Annual administration report of the Civil Veterinary Department of India - 1892-1893
Year: 1892
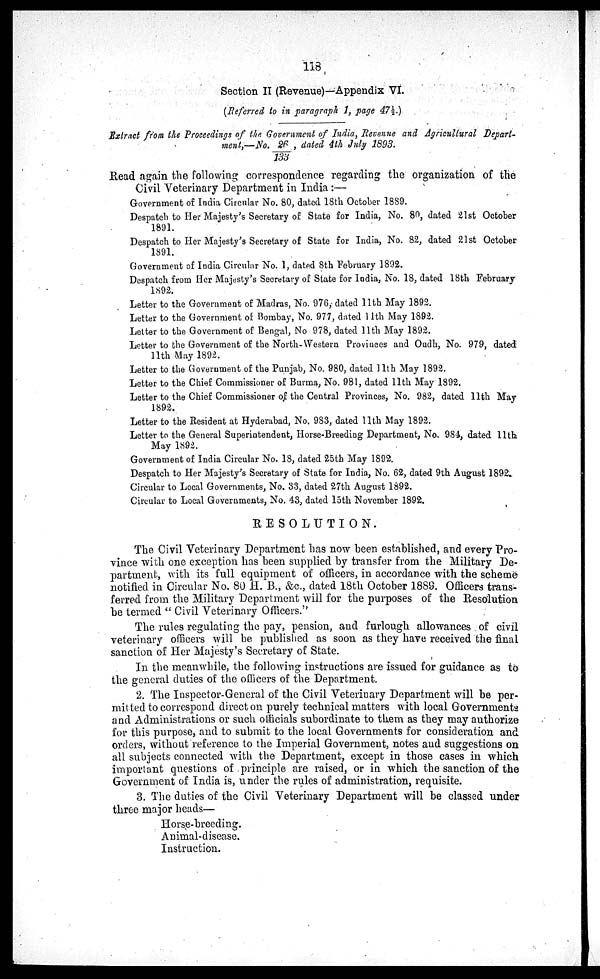
118
Section II (Revenue)—Appendix VI.
(Referred to in paragraph 1, page 47½.)
Extract from the Proceedings of the Government of India, Revenue and Agricultural Depart-
ment,—No. 26/133, dated 4th July 1893.
Read again the following correspondence regarding the organization of the
Civil Veterinary Department in India:—
Government of India Circular No. 80, dated 18th October 1889.
Despatch to Her Majesty's Secretary of State for India, No. 80, dated 21st October
1891.
Despatch to Her Majesty's Secretary of State for India, No. 82, dated 21st October
1891.
Government of India Circular No. 1, dated 8th February 1892.
Despatch from Her Majesty's Secretary of State for India, No. 18, dated 18th February
1892.
Letter to the Government of Madras, No. 976, dated 11th May 1892.
Letter to the Government of Bombay, No. 977, dated 11th May 1892.
Letter to the Government of Bengal, No 978, dated 11th May 1892.
Letter to the Government of the North-Western Provinces and Oudh, No. 979, dated
11th May 1892.
Letter to the Government of the Punjab, No. 980, dated 11th May 1892.
Letter to the Chief Commissioner of Burma, No. 981, dated 11th May 1892.
Letter to the Chief Commissioner of. the Central Provinces, No. 982, dated 11th May
1892.
Letter to the Resident at Hyderabad, No. 983, dated 11th May 1892.
Letter to the General Superintendent, Horse-Breeding Department, No. 984, dated 11th
May 1892.
Government of India Circular No. 18, dated 25th May 1892.
Despatch to Her Majesty's Secretary of State for India, No. 62, dated 9th August 1892.
Circular to Local Governments, No. 33, dated 27th August 1892.
Circular to Local Governments, No. 43, dated 15th November 1892.
RESOLUTION.
The Civil Veterinary Department has now been established, and every Pro-
vince with one exception has been supplied by transfer from the Military De-
partment-., with its full equipment of officers, in accordance with the scheme
notified in Circular No. 80 H. B., &c., dated 18th October 1889. Officers trans-
ferred from the Military Department will for the purposes of the Resolution
be termed "Civil Veterinary Officers."
The rules regulating the pay, pension, and furlough allowances of civil
veterinary officers will be published as soon as they have received the final
sanction of Her Majesty's Secretary of State.
In the meanwhile, the following instructions are issued for guidance as to
the general duties of the officers of the Department.
2. The Inspector-General of the Civil Veterinary Department will be per-
mitted to correspond direct on purely technical matters with local Governments
and Administrations or such officials subordinate to them as they may authorize
for this purpose, and to submit to the local Governments for consideration and
orders, without reference to the Imperial Government, notes and suggestions on
all subjects connected with the Department, except in those cases in which
important questions of principle are raised, or in which the sanction of the
Government of India is, under the rules of administration, requisite.
3. The duties of the Civil Veterinary Department will be classed under
three major heads—
Horse-breeding.
Animal-disease.
Instruction.